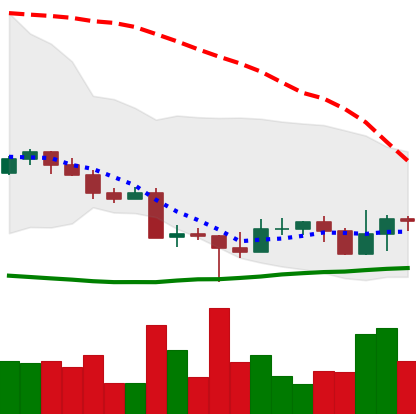
Ticker: EOS-USD
Chart end date: 2022-10-22
Forward return: 5.438%
Label: up_5_7